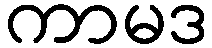
ကာမဒ